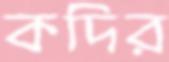
কদির